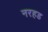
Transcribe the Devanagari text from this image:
नरहड